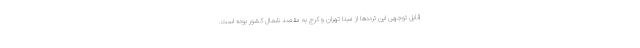
قابل توجهی این ترددها از مبدا تهران و کرج به مقصد شمال کشور بوده است.